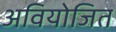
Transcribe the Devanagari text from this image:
अवियोजित